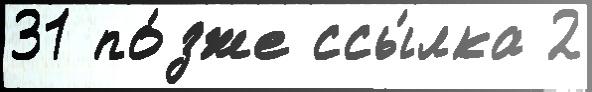
31 по́зже ссы́лка 2